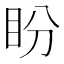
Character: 盼